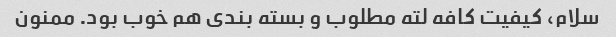
سلام، کیفیت کافه لته مطلوب و بسته بندی هم خوب بود. ممنون